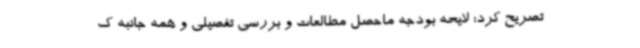
تصریح کرد: لایحه بودجه ماحصل مطالعات و بررسی تفصیلی و همه جانبه ک